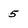
Character: 5